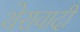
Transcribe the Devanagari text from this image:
थेरावादी